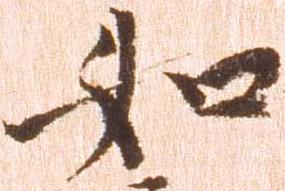
如